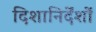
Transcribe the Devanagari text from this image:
दिशानिर्देंशों